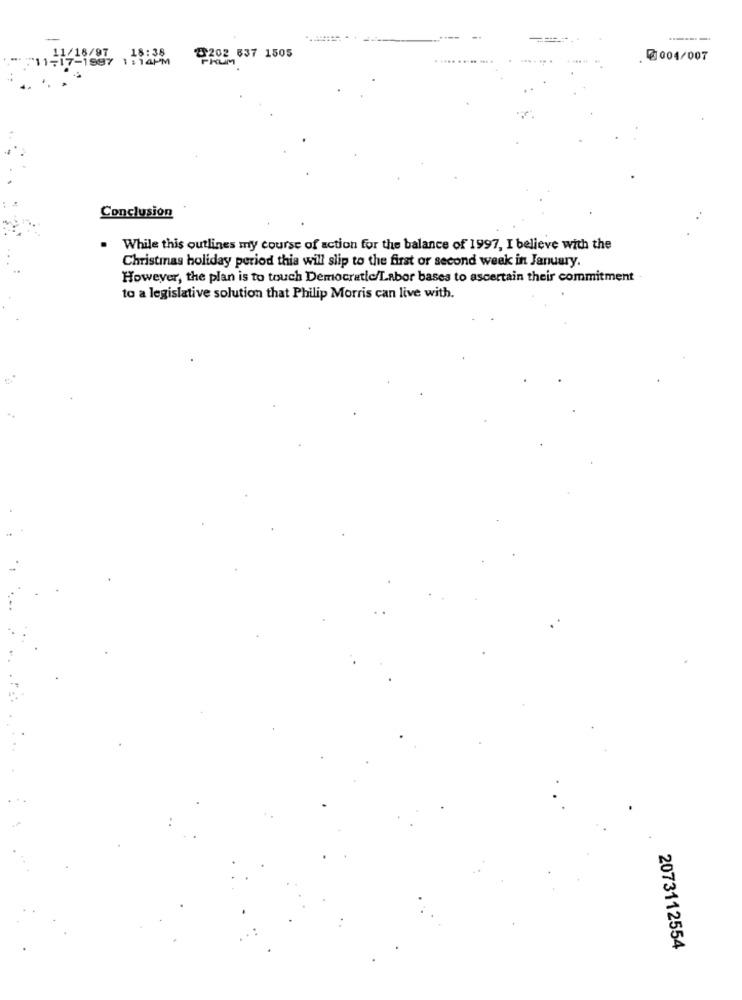
-
~11-17-1997 1 : 14PM
11/18/97 18:38
8202 637 1505
PRUM
Ø004/007
Conclusion
. While this outlines my course of action for the balance of 1997, I believe with the
Christmas holiday period this will slip to the first or second week in January.
However, the plan is to touch Democratic/Labor bases to ascertain their commitment
to a legislative solution that Philip Morris can live with.
2073112554